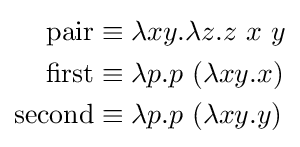
{\begin{aligned}\operatorname {pair} &\equiv \lambda xy.\lambda z.z\ x\ y\\\operatorname {first} &\equiv \lambda p.p\ (\lambda xy.x)\\\operatorname {second} &\equiv \lambda p.p\ (\lambda xy.y)\end{aligned}}